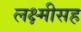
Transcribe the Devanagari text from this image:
लक्ष्मीसह